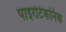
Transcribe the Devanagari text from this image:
पाइरोटेकनिक